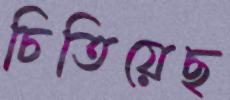
চিতিয়েছ